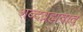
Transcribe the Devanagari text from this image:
शब्दब्रह्मवाद